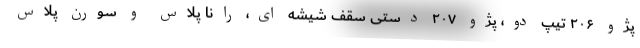
پژو ۲۰۶ تیپ دو، پژو ۲۰۷ دستی سقف شیشه ای،‌ رانا پلاس و سورن پلاس